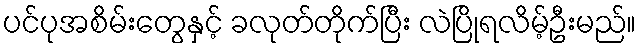
ပင်ပုအစိမ်းတွေနှင့် ခလုတ်တိုက်ပြီး လဲပြိုရလိမ့်ဦးမည်။